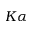
K \alpha